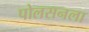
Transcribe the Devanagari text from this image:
पोलसनला